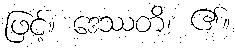
ဖြင့်။ ဒေဿတိ၊ ၏။